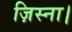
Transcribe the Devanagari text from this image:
ज़िस्ना।